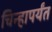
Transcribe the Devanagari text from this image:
चिन्हापर्यंत